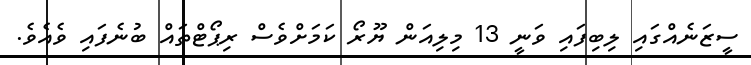
ސީޒަނެއްގައި ލިބިފައި ވަނީ 13 މިލިއަން ޔޫރޯ ކަމަށްވެސް ރިޕޯޓްތައް ބުނެފައި ވެއެވެ.